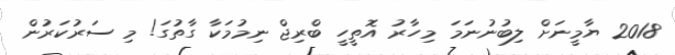
2018 ޔާމީނަށް ލިބުނުނަމަ މިހާރު އޮތީހީ ބްރިޖް ނިމުމަކާ ގާތުގަ! މި ސަރުކަރުން